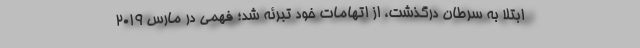
ابتلا به سرطان درگذشت، از اتهامات خود تبرئه شد؛ فهمی در مارس ۲۰۱۹